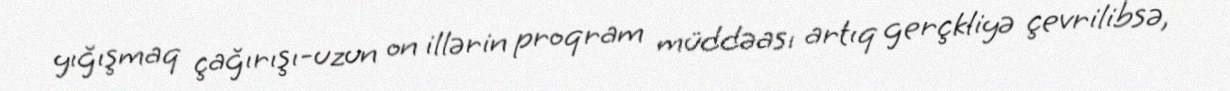
yığışmaq çağırışı-uzun on illərin proqram müddəası artıq gerçkliyə çevrilibsə,